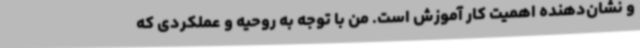
و نشان‌دهنده اهمیت کار آموزش است. من با توجه به روحیه و عملکردی که